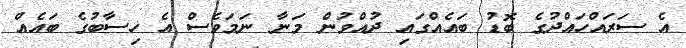
އެ ސަރައްހައްދުގެ ބޮޑު ބައެއްގައި ދުއްވުން މަނާ ނަމަވެސް އެ ހިސާބުގެ ބައެއް